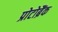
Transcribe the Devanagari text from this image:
प्रोटोब्रैंक